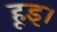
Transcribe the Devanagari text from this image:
हूइ।